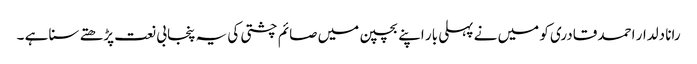
رانا دلدار احمد قادری کو میں نے پہلی بار اپنے بچپن میں صائم چشتی کی یہ پنجابی نعت پڑھتے سنا ہے ۔